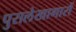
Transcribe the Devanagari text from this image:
पुरालेखागारों